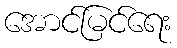
အောင်မြင်ရေး